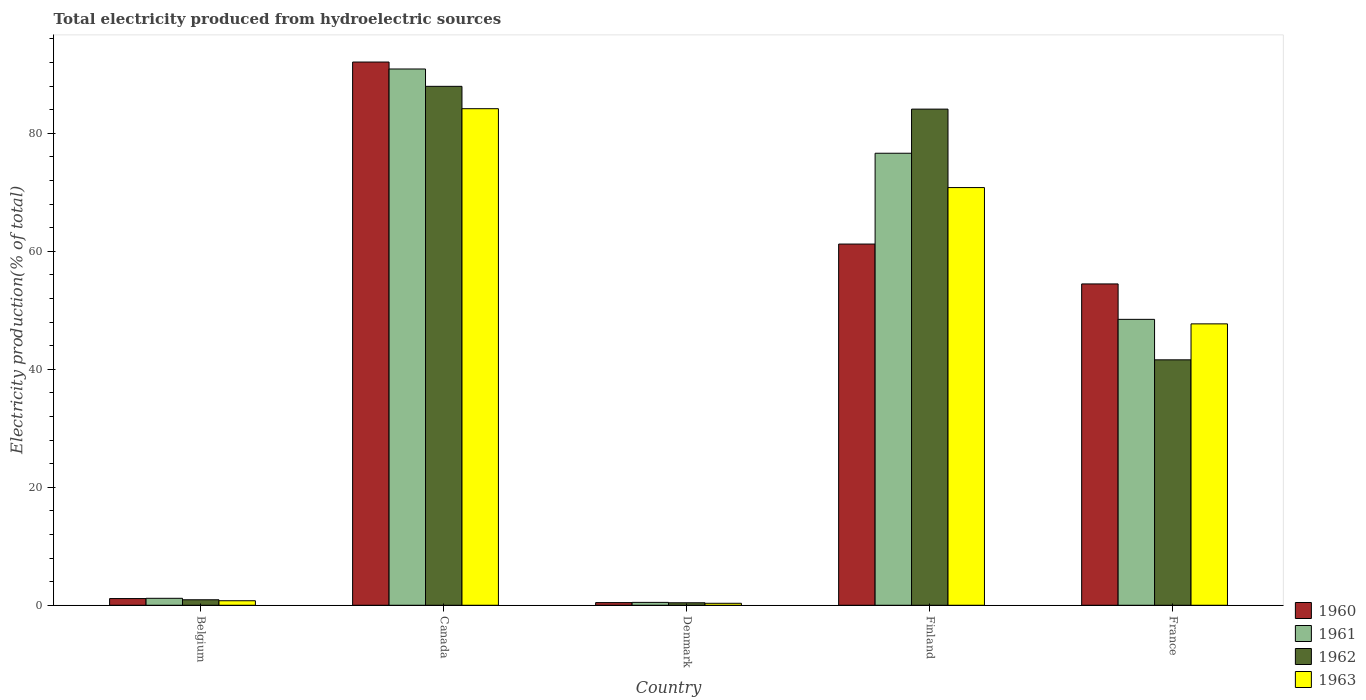
| Country | 1960 | 1961 | 1962 | 1963 |
 | --- | --- | --- | --- | --- |
 | Belgium | 1.14 | 1.18 | 0.929 | 0.765 |
 | Canada | 92.1 | 90.9 | 88 | 84.2 |
 | Denmark | 0.451 | 0.489 | 0.421 | 0.334 |
 | Finland | 61.2 | 76.6 | 84.1 | 70.8 |
 | France | 54.5 | 48.5 | 41.6 | 47.7 |